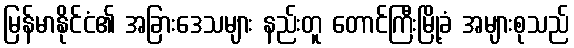
မြန်မာနိုင်ငံ၏ အခြားဒေသများ နည်းတူ တောင်ကြီးမြို့ခံ အများစုသည်